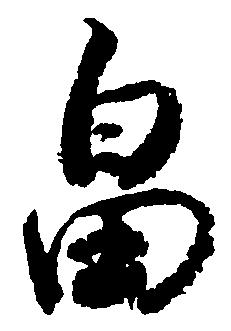
畠